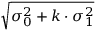
\sqrt { \sigma _ { 0 } ^ { 2 } + k \cdot \sigma _ { 1 } ^ { 2 } }